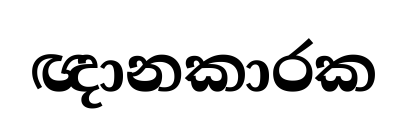
ඥානකාරක